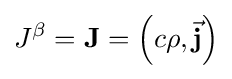
J^{\beta }=\mathbf {J} =\left(c\rho ,{\vec {\mathbf {j} }}\right)